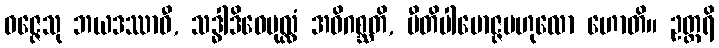
ဝဇ္ဇေသု ဘယဒဿာဝီ, သဒ္ဓါဒိဝေပုလ္လံ အဓိဂစ္ဆတိ, ပီတိပါမောဇ္ဇဗဟုလော ဟောတိ။ ဥတ္တရိ